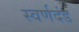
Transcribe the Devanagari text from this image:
स्वर्णदंड